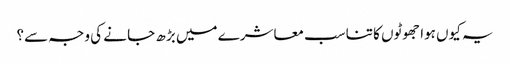
یہ کیوں ہوا جھوٹوں کا تناسب معاشرے میں بڑھ جا نے کی وجہ سے؟